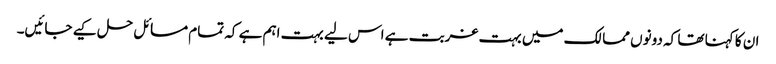
ان کا کہنا تھا کہ دونوں ممالک میں بہت غربت ہے اس لیے بہت اہم ہے کہ تمام مسائل حل کیے جائیں۔